Trukikaitis_Postimees, lk 30
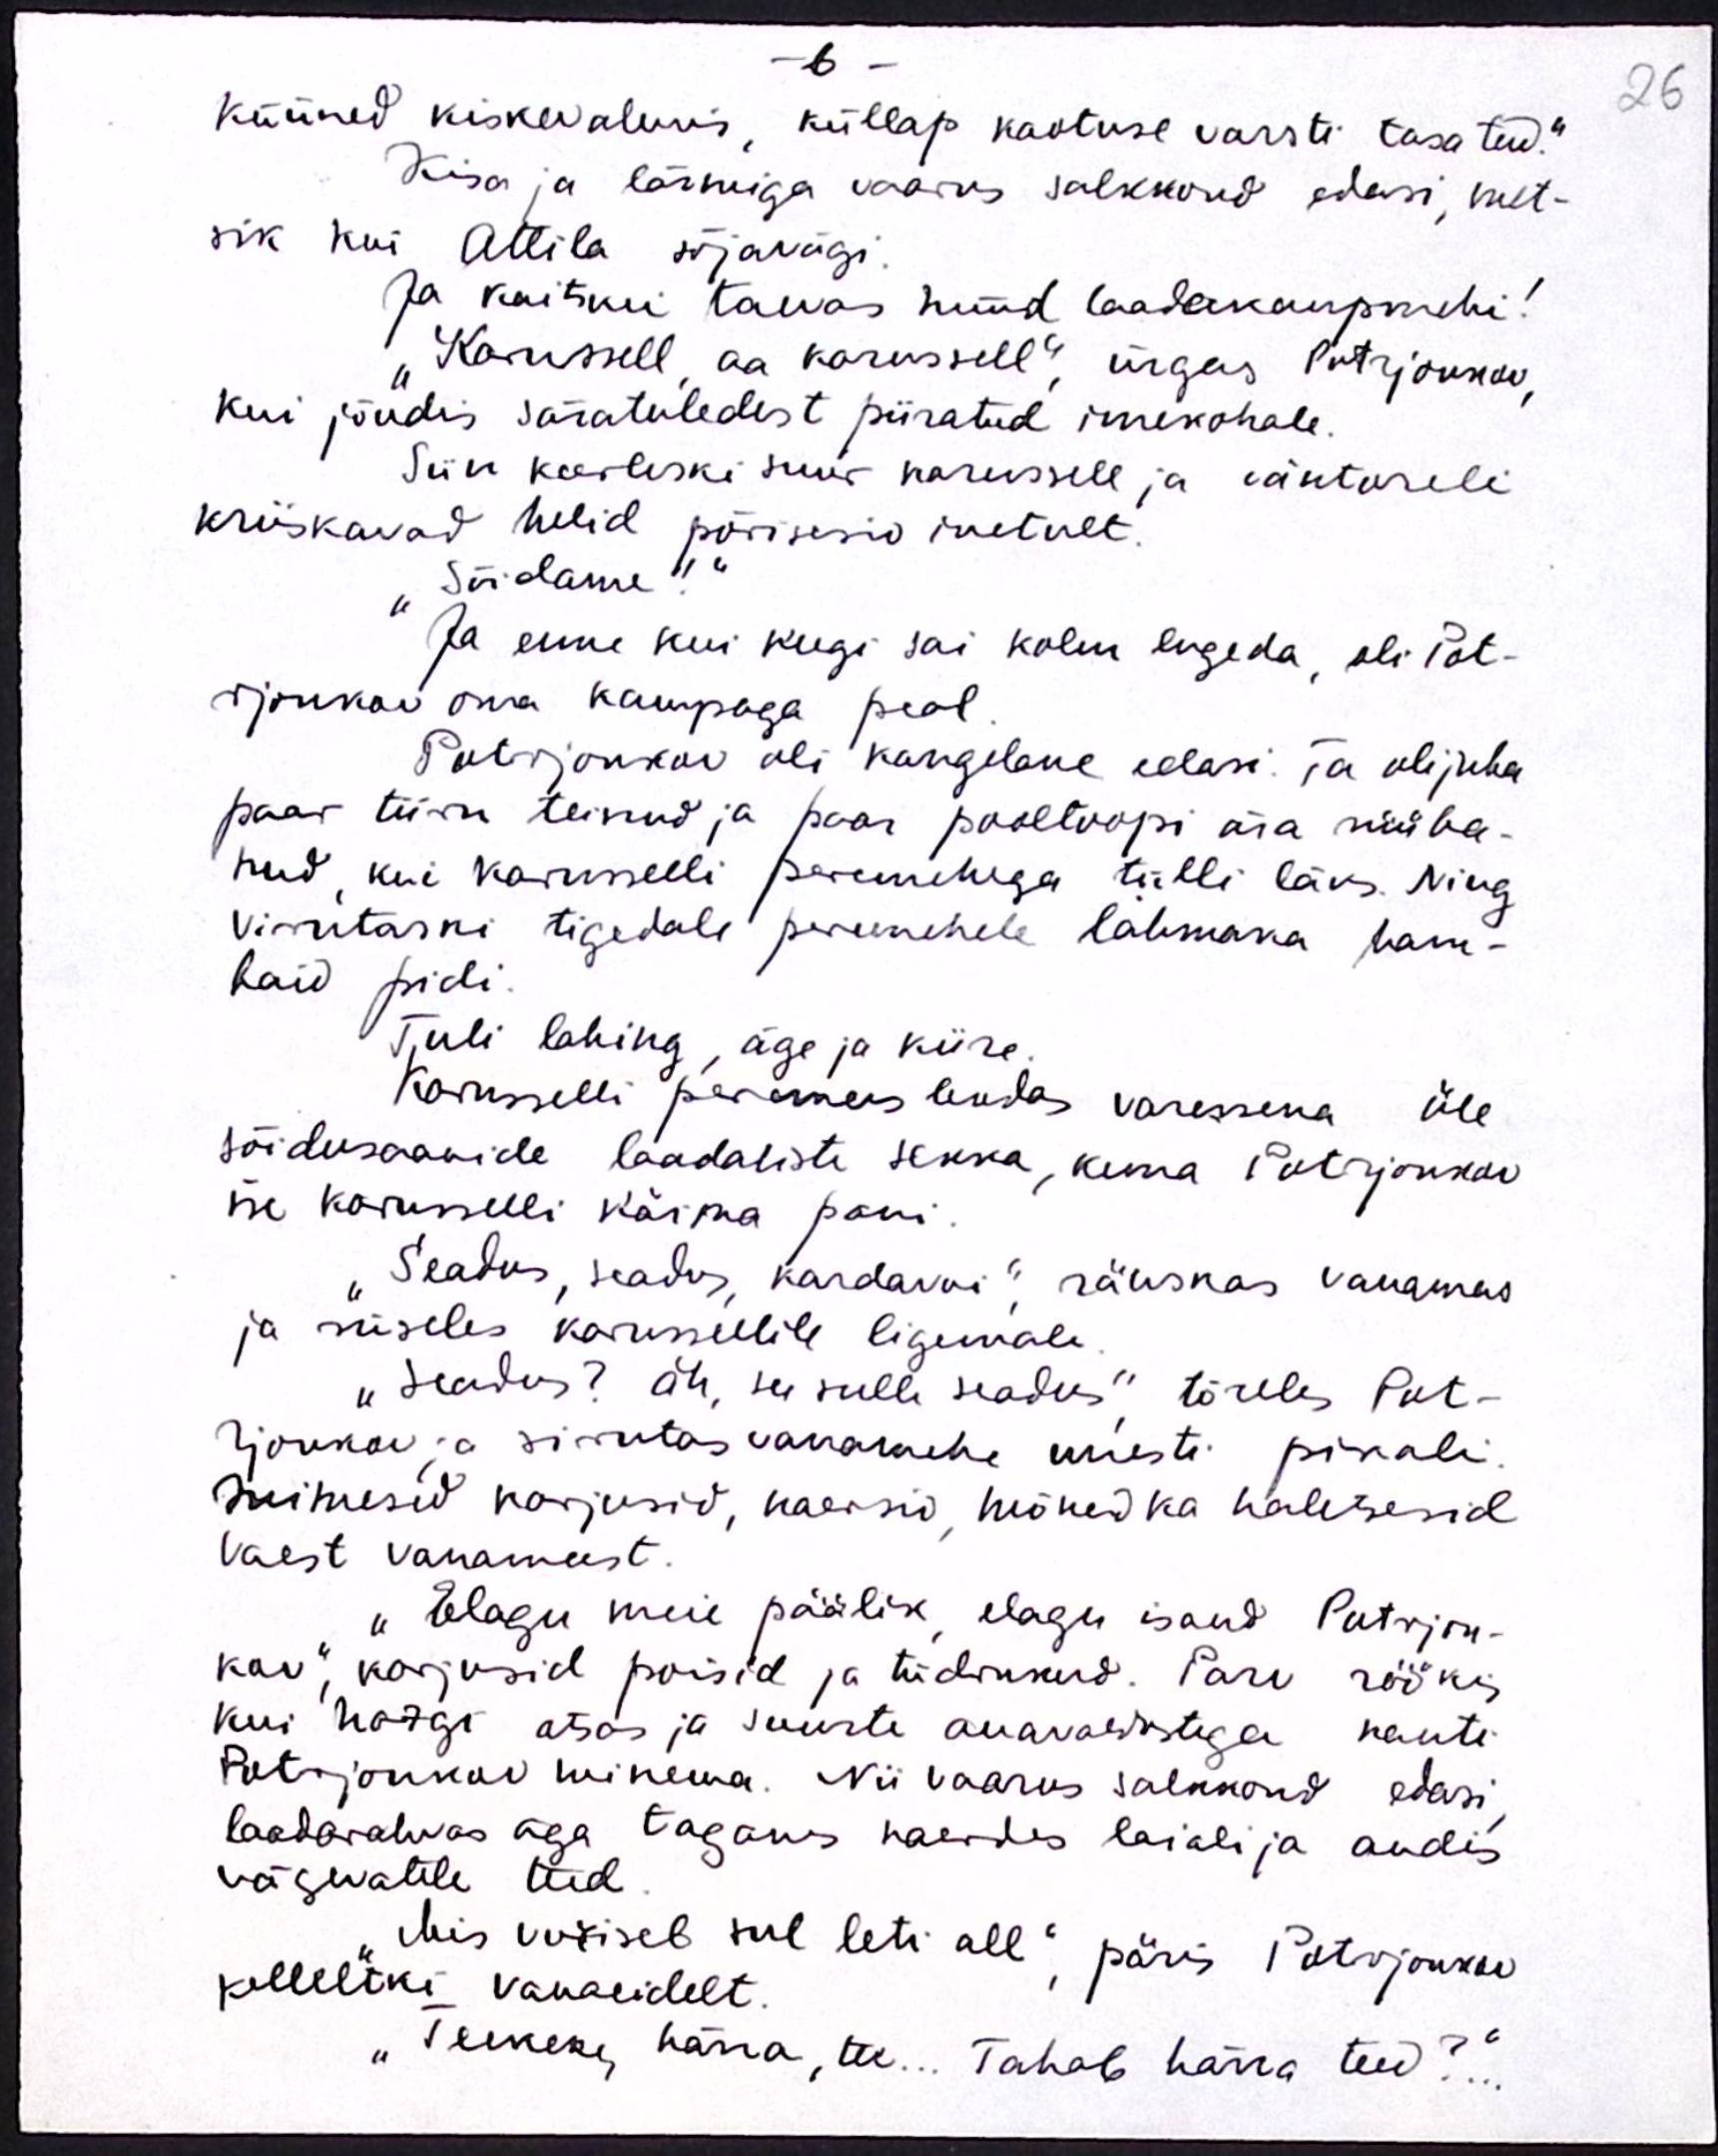
-6 -
küüned kiskevalmis, küllap kaotuse varsti tasa teed."
26
Kisa ja lärmiga vaarus salkkond edasi, met-
sik kui Attila sõjavägi.
Ja kaitsku taevas nüüd laadakaupmehi!
"Karussell aa karussell", ürgas Potrjonkov,
kui jõudis säratuledest piiratud imekohale.
Siin keerleski suur karussell ja väntoreli
kriiskavad helid põrisesid inetult.
Sõidame!"
Ja enne kui keegi sai kolm lugeda, oli Pot-
rjonkov oma kampaga peal
Poltrjonkov oli kangelane edasi. Ta oli juba
paar tiiru teinud ja paar pooltoopi ära rüüba-
nud, kui karusselli peremehega tülli läks. Ning
virutaski tigedale peremehele lahmaka ham-
baid pidi.
Tuli lahing, äge ja kiire.
Karusselli peremees lendas varessena üle
sõidusaanide laadaliste sekka, kuna Potrjonkov
ise karusselli käima pani
"Seadus, seadus, kardavoi", räuskas vanamees
ja rüseles karussellile ligemale
"Seadus? Äh see sulle seadus" tõrele Pot-
rjonkov ja sirutas vanamehe uuesti pikali.
Inimesid karjusid, naersid mõned ka haletsesid
vaest vanameest
"Elagu meie päälik elagu isand Potrjon-
kov", karjusid poisid ja tüdukud. Parv röökis
kui hargi otsas ja suurte auavaldustega kanti
Potrjonkov minema. Nii vaarus salkkond edasi
laadarahvas aga taganes naerdes laiali ja andis
vägevatele teed
"Mis vuriseb sul leti all", päris Potrjonkov
kelleltki vanaeidelt.
"Teekene, härra, tee... Tahab härra teed?.."